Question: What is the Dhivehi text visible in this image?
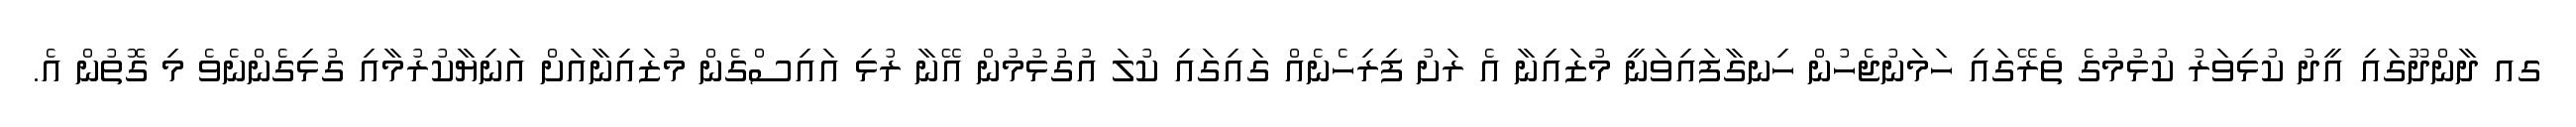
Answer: ގއ ދާންދޫގައި އީދު ކުޅިވަރު ކުޅުމުގެ ތެރޭގައި ހަމަނުޖެހުން ހިނގާފައިވަނީ މުޒައިނާ އެ ރަށު ފިރިހެނެއް ގައިގައި ކުލަ އުގުޅުމުން އޭނާ ރުޅި އައިސްގެން މުޒައިނާއަށް އަނިޔާކުރުމާއި ގުޅިގެންނެވެ މި ގޮތުން އެ.